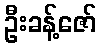
ဦးခန့်ဇော်